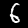
Digit: 6